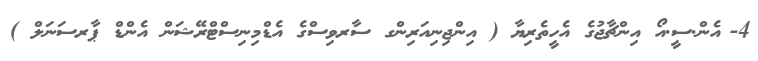
4-	އެން.ސީ.އޯ އިންޗާޖުގެ އެހީތެރިޔާ ( އިންޖިނިއަރިންގ ސާރވިސްގެ އެޑްމިނިސްޓްރޭޝަން އެންޑް ޕާރސަނަލް )